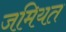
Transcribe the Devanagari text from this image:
जमियत